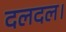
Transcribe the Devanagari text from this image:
दलदल।